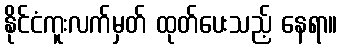
နိုင်ငံကူးလက်မှတ် ထုတ်ပေးသည့် နေရာ။